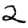
Digit: 2